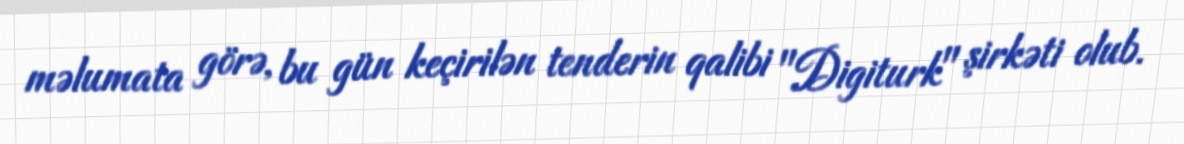
məlumata görə, bu gün keçirilən tenderin qalibi "Digiturk" şirkəti olub.